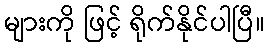
များကို ဖြင့် ရိုက်နိုင်ပါပြီ။